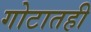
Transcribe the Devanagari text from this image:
गोटातही